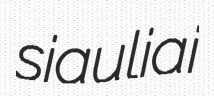
siauliai